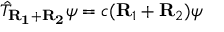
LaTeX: { \hat { T } } _ { \mathbf { R _ { 1 } + R _ { 2 } } } \psi = c ( \mathbf { R } _ { 1 } + \mathbf { R } _ { 2 } ) \psi